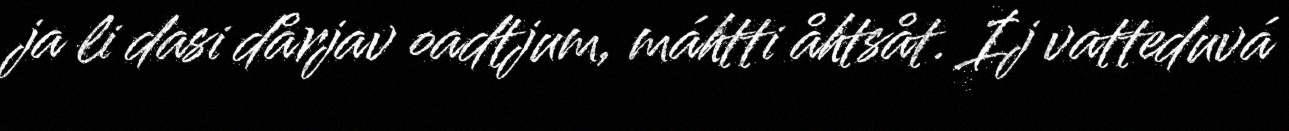
ja li dasi dårjav oadtjum, máhtti åhtsåt. Ij vatteduvá